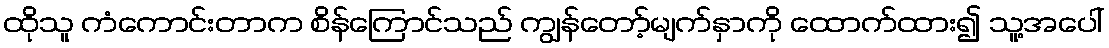
ထိုသူ ကံကောင်းတာက စိန်ကြောင်သည် ကျွန်တော့်မျက်နှာကို ထောက်ထား၍ သူ့အပေါ်